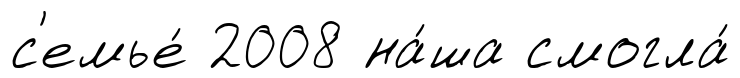
с'емье́ 2008 на́ша смогла́